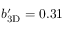
\ensuremath { b _ { \mathrm { 3 D } } ^ { \prime } } = 0 . 3 1